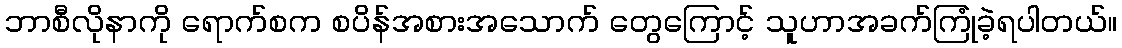
ဘာစီလိုနာကို ရောက်စက စပိန်အစားအသောက် တွေကြောင့် သူဟာအခက်ကြုံခဲ့ရပါတယ်။